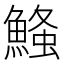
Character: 𮬃